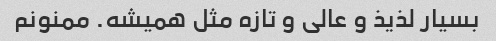
بسیار لذیذ و عالی و تازه مثل همیشه. ممنونم